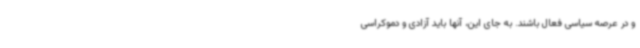
و در عرصه سیاسی فعال باشند. به جای این، آنها باید آزادی و دموکراسی